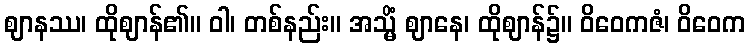
ဈာနဿ၊ ထိုဈာန်၏။ ဝါ၊ တစ်နည်း။ အသ္မိံ ဈာနေ၊ ထိုဈာန်၌။ ဝိဝေကဇံ၊ ဝိဝေက